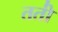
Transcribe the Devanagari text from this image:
ततो॑